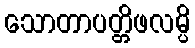
သောတာပတ္တိဖလမ္ပိ